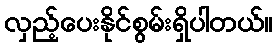
လှည့်ပေးနိုင်စွမ်းရှိပါတယ်။